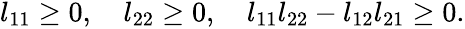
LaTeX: \begin{array}{r}{l_{11}\geq 0,\quad l_{22}\geq 0,\quad l_{11}l_{22}-l_{12}l_{21}\geq 0.}\end{array}